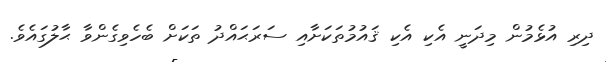
ދިރި އުޅެމުން މިދަނީ އެކި އެކި ޤައުމުތަކަށާއި ސަރަޙައްދު ތަކަށް ބެހެވިގެންވާ ޙާލުގައެވެ.